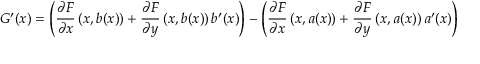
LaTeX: G ^ { \prime } ( x ) = \left( { \frac { \partial F } { \partial x } } \left( x , b ( x ) \right) + { \frac { \partial F } { \partial y } } \left( x , b ( x ) \right) b ^ { \prime } ( x ) \right) - \left( { \frac { \partial F } { \partial x } } \left( x , a ( x ) \right) + { \frac { \partial F } { \partial y } } \left( x , a ( x ) \right) a ^ { \prime } ( x ) \right)